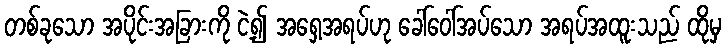
တစ်ခုသော အပိုင်းအခြားကို ငဲ့၍ အရှေ့အရပ်ဟု ခေါ်ဝေါ်အပ်သော အရပ်အထူးသည် ထိုမှ